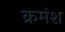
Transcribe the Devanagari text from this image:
क्रमंश